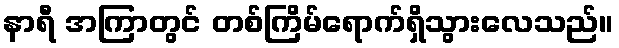
နာရီ အကြာတွင် တစ်ကြိမ်ရောက်ရှိသွားလေသည်။